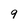
Character: 9